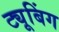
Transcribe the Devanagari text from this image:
ट्यूबिंग